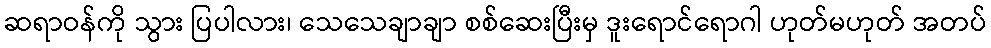
ဆရာဝန်ကို သွား ပြပါလား၊ သေသေချာချာ စစ်ဆေးပြီးမှ ဒူးရောင်ရောဂါ ဟုတ်မဟုတ် အတပ်